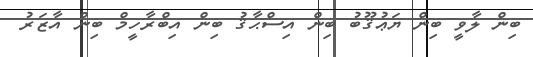
ބިން ލާވީ ބިން ޔަޢުޤޫބު ބިން އިސްޙާޤު ބިން އިބްރާހީމް ބިން އާޒަރު